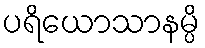
ပရိယောသာနမ္ပိ